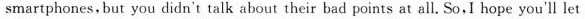
smartphones, but you didn't talk about their bad points at all. So,I hope you'll let